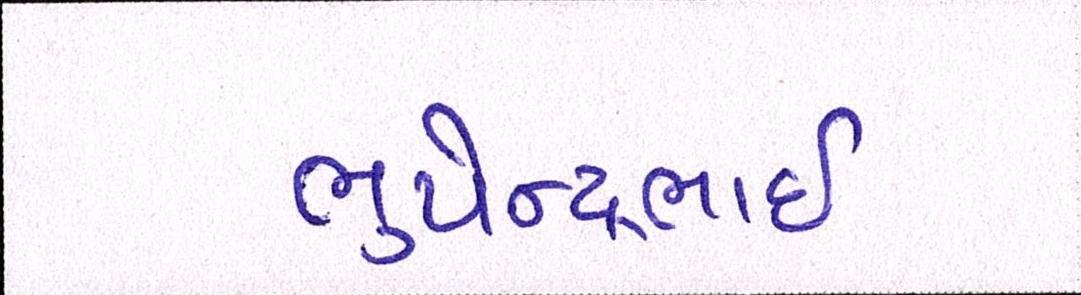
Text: ભુપેન્દ્રભાઇ